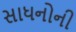
સાધનોની